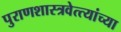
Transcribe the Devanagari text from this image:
पुराणशास्त्रवेत्त्यांच्या